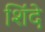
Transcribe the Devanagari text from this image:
शिंदे